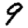
Digit: 9